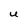
Character: U